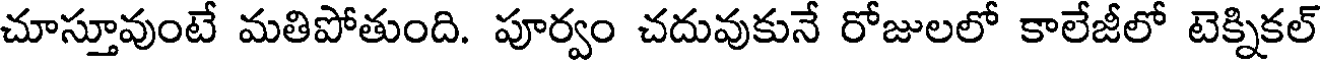
చూస్తూవుంటే మతిపోతుంది. పూర్వం చదువుకునే రోజులలో కాలేజీలో టెక్నికల్